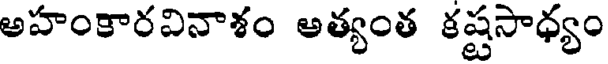
అహంకారవినాశం అత్యంత కష్టసాధ్యం